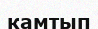
камтып